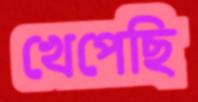
খেপেছি